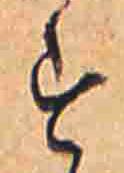
す